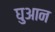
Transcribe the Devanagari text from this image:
घुआन